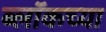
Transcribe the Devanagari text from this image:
ब्लॉकच्या